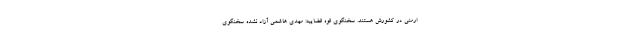
ارمنی در کشورش هستند. سخنگوی قوه قضاییه: مهدی هاشمی آزاد نشده سخنگوی